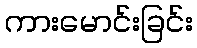
ကားမောင်းခြင်း